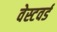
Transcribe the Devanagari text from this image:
वेस्टवर्ड